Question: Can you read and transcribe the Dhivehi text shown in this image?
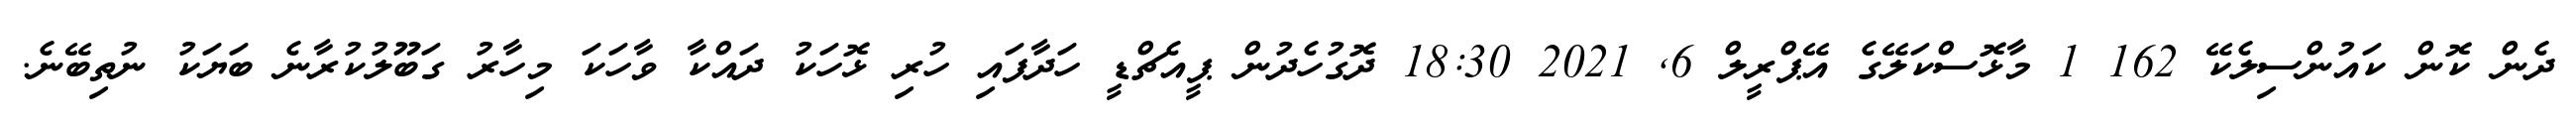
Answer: ދެން ކޮން ކައުންސިލެކޭ 162 1 މާޅޮސްކަލޭގެ އޭޕްރީލް 6, 2021 18:30 ދޮގުހެދުން ޕީއެޗްޑީ ހަދާފައި ހުރި ޅޮހަކު ދައްކާ ވާހަކަ މިހާރު ގަބޫލުކުރާނެ ބަޔަކު ނުތިބޭނެ.